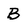
Character: B